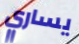
يساري